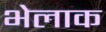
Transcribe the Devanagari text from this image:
भेलाक